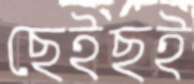
ছেইছই